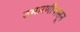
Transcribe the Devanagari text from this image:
उभारणीपासून